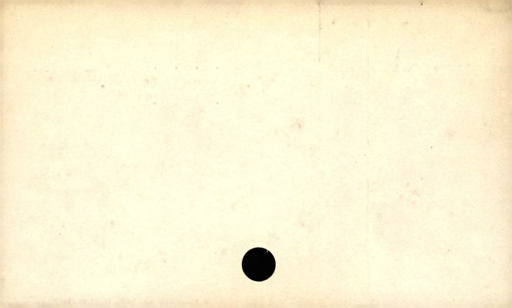
Label: blank